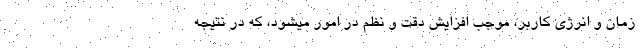
زمان و انرژي کاربر، موجب افزایش دقت و نظم در امور میشود، که در نتیجه